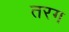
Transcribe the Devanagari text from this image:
तरग